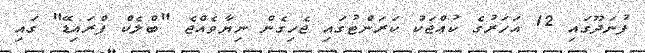
ފުނަދޫގައި 12 އަހަރުގެ ކުއްޖަކު ކަރަންޓުގައި ޖެހިގެން ނިޔާވެއްޖެ "ބްލެކް ފްރައިޑޭ" ގައި